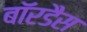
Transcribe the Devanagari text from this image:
बॉरडैस